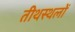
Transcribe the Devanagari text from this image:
तीथस्थलों